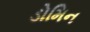
ડોમિન